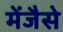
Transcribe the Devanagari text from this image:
मेंजैसे